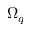
\Omega _ { q }